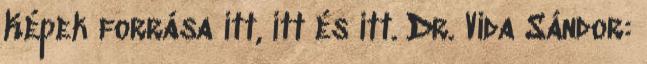
Képek forrása itt, itt és itt. Dr. Vida Sándor: